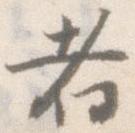
者